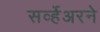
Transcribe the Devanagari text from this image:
सर्व्हेअरने